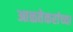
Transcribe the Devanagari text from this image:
आळतेकरांच्या